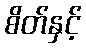
စိတ်နှင့်